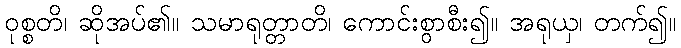
ဝုစ္စတိ၊ ဆိုအပ်၏။ သမာရုတ္တာတိ၊ ကောင်းစွာစီး၍။ အရုယှ၊ တက်၍။